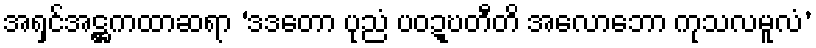
အရှင်အဋ္ဌကထာဆရာ ‘ဒဒတော ပုညံ ပဝဍ္ဎတီတိ အလောဘော ကုသလမူလံ’